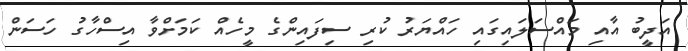
އަދީބު އާއި މައްސަލައިގައި ހައްޔަރު ކުރި ސިފައިންގެ މީހެއް ކަމަށްވާ އިސްހާގު ހަސަން